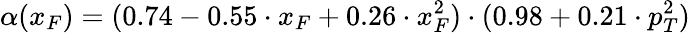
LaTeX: \alpha(x_{F})=(0.74-0.55\cdot x_{F}+0.26\cdot x_{F}^{2})\cdot(0.98+0.21\cdot p_{T}^{2})